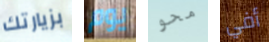
بزيارتك يوم محو أفي